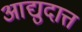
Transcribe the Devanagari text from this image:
आद्युदात्त